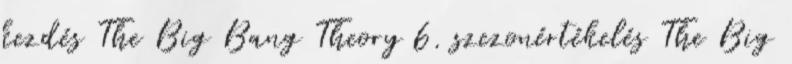
kezdés The Big Bang Theory 6. szezonértékelés The Big